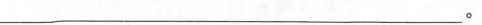
____。